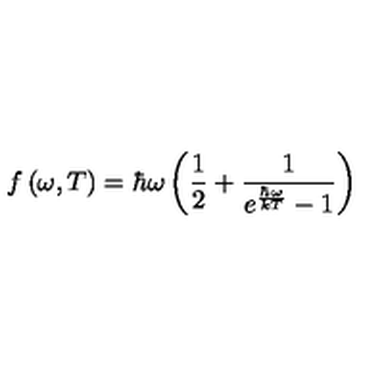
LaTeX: f \left( \omega , T \right) = \hbar \omega \left( \frac 1 2 + \frac 1 { e ^ { \frac { \hbar \omega } { k T } } - 1 } \right)